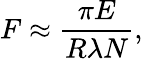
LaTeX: F\approx\frac{\pi E}{R\lambda N},